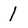
Character: 1